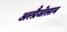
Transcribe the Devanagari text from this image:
अल्प्रैजोलाम